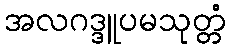
အလဂဒ္ဒူပမသုတ္တံ